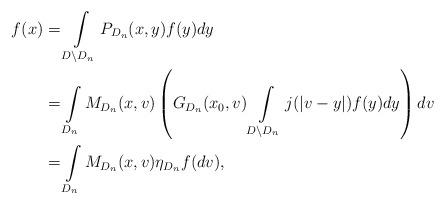
LaTeX: \begin{align*}f(x)&=\int\limits_{D\setminus D_n}P_{D_n}(x,y)f(y)dy\\&=\int\limits_{D_n}M_{D_n}(x,v)\left(G_{D_n}(x_0,v)\int\limits_{D\setminus D_n}j(|v-y|)f(y)dy\right)dv\\&=\int\limits_{D_n}M_{D_n}(x,v)\eta_{D_n}f(dv),\end{align*}